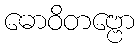
ဓောဝိတဗ္ဗော